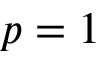
p = 1